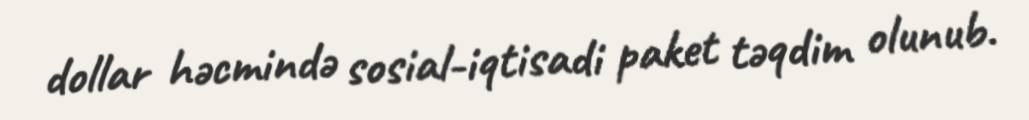
dollar həcmində sosial-iqtisadi paket təqdim olunub.